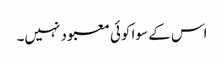
اس کے سوا کوئی معبود نہیں۔